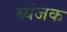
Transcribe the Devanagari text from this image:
ब्यंजक